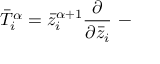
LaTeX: \bar { T } _ { i } ^ { \alpha } = \bar { z } _ { i } ^ { \alpha + 1 } { \frac { \partial } { \partial \bar { z } _ { i } } } ~ -